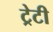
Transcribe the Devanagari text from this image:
ट्रेटी